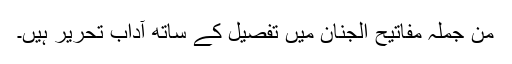
من جملہ مفاتیح الجنان میں تفصیل کے ساتھ آداب تحریر ہیں۔